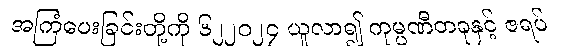
အကြံပေးခြင်းတို့ကို ၆၂၂၀၂၄ ယူလာ၍ ကုမ္ပဏီတခုနှင့် ဇရပ်